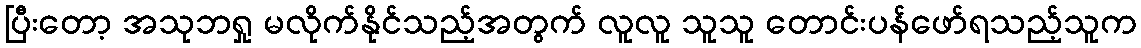
ပြီးတော့ အသုဘရှု မလိုက်နိုင်သည့်အတွက် လူလူ သူသူ တောင်းပန်ဖော်ရသည့်သူက